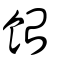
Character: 飴